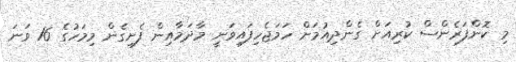
މި ކޮންފަރެންސް ކުރިއަށް ގެންދިއުމަށް ހަމަޖެހިފައިވަނީ މާދަމާއިން ފެށިގެން މިމަހުގެ 16 ވަނަ